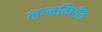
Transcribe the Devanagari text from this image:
लग्नविधींत